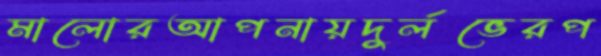
মালোরআপনায়দুর্লভেরপ